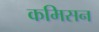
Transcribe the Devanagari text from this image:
कमिसन